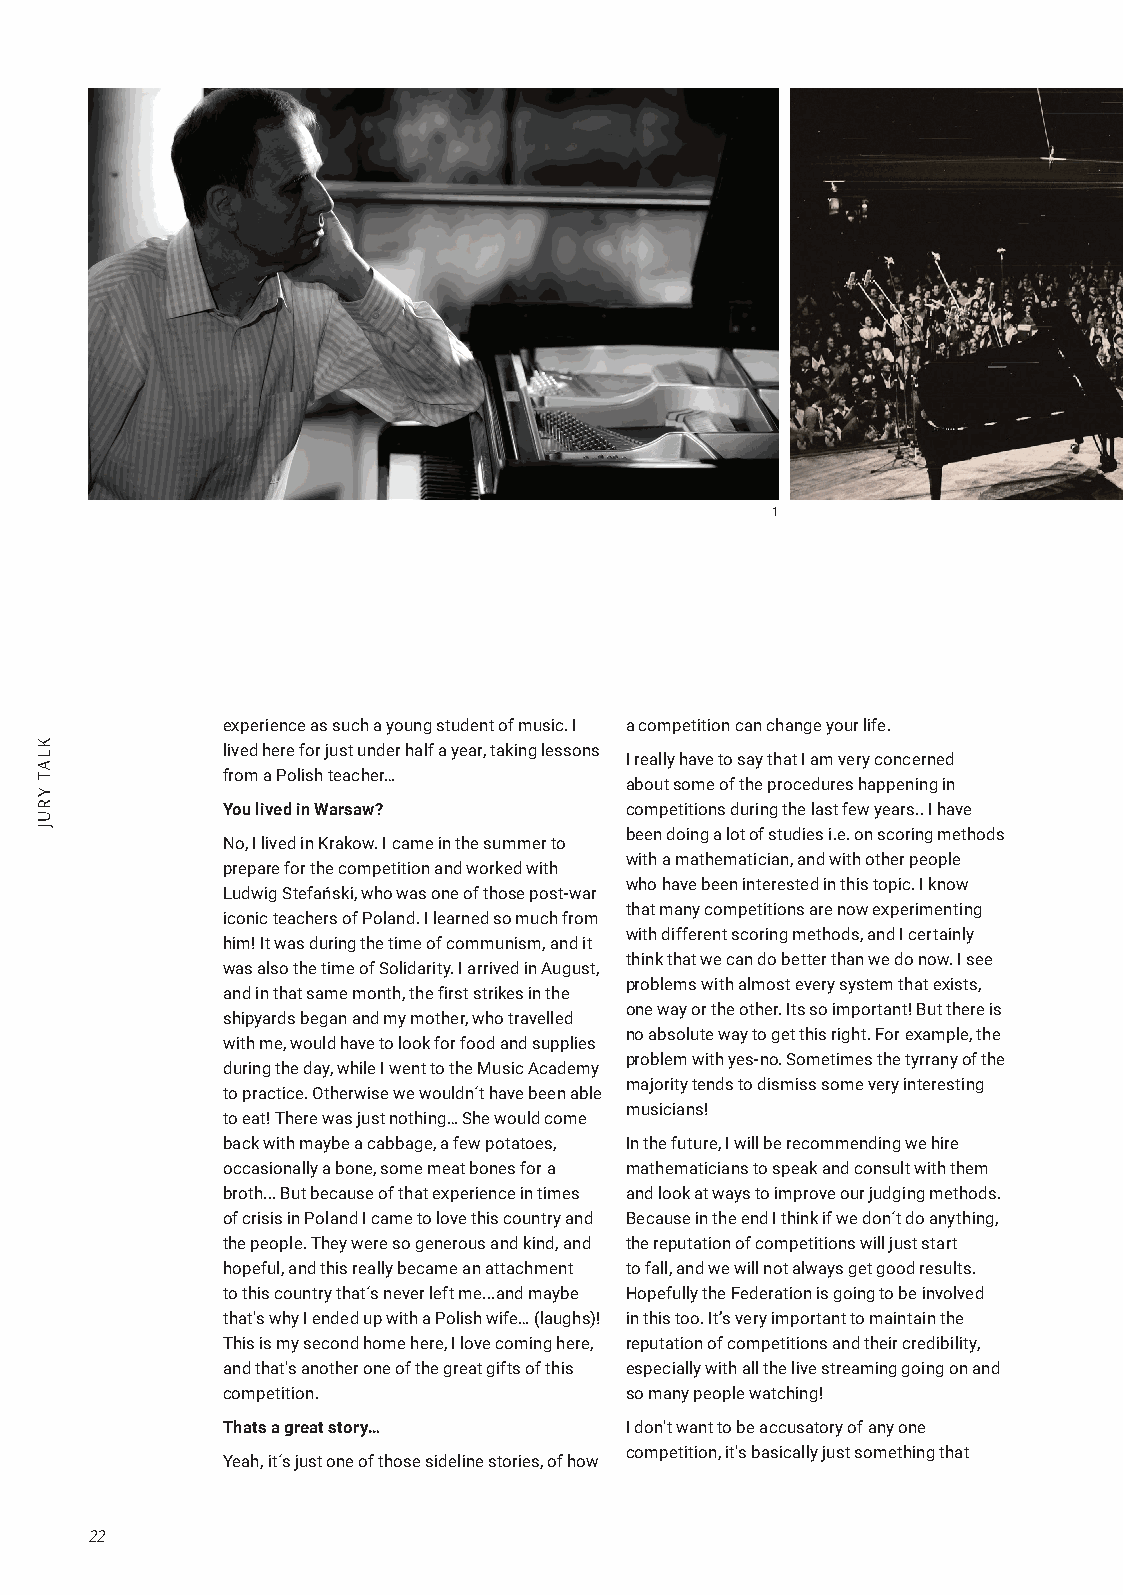
1
 experience as such a young student of music. I a competition can change your life.
 lived here for just under half a year, taking lessons
 I really have to say that I am very concerned
 from a Polish teacher…
 about some of the procedures happening in
 You lived in Warsaw?      competitions during the last few years.. I have
 been doing a lot of studies i.e. on scoring methods
 No, I lived in Krakow. I came in the summer to
 with a mathematician, and with other people
 prepare for the competition and worked with
 who have been interested in this topic. I know
 Ludwig Stefański, who was one of those post-war
 that many competitions are now experimenting
 iconic teachers of Poland. I learned so much from
 with different scoring methods, and I certainly
 him! It was during the time of communism, and it
 think that we can do better than we do now. I see
 was also the time of Solidarity. I arrived in August,
 problems with almost every system that exists,
 and in that same month, the first strikes in the
 one way or the other. Its so important! But there is
 shipyards began and my mother, who travelled
 no absolute way to get this right. For example, the
 with me, would have to look for food and supplies
 problem with yes-no. Sometimes the tyrrany of the
 during the day, while I went to the Music Academy
 majority tends to dismiss some very interesting
 to practice. Otherwise we wouldn´t have been able
 musicians!
 to eat! There was just nothing… She would come
 back with maybe a cabbage, a few potatoes, In the future, I will be recommending we hire
 occasionally a bone, some meat bones for a mathematicians to speak and consult with them
 broth... But because of that experience in times and look at ways to improve our judging methods.
 of crisis in Poland I came to love this country and Because in the end I think if we don´t do anything,
 the people. They were so generous and kind, and the reputation of competitions will just start
 hopeful, and this really became an attachment to fall, and we will not always get good results.
 to this country that´s never left me...and maybe Hopefully the Federation is going to be involved
 that's why I ended up with a Polish wife… (laughs)! in this too. It’s very important to maintain the
 This is my second home here, I love coming here, reputation of competitions and their credibility,
 and that's another one of the great gifts of this especially with all the live streaming going on and
 competition.              so many people watching!
 Thats a great story…      I don't want to be accusatory of any one
 competition, it's basically just something that
 Yeah, it´s just one of those sideline stories, of how
 22
 KLAT
 YRUJ